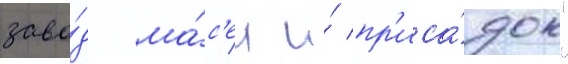
заво́д ма́с'ел и́ пр'иса́док"